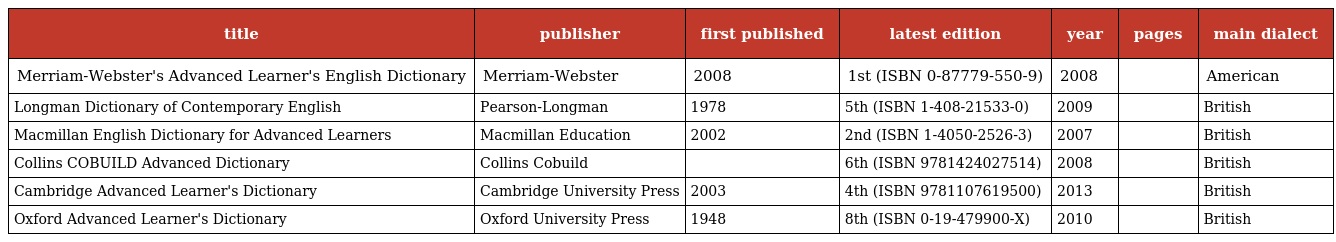
| title | publisher | first published | latest edition | year | pages | main dialect |
 | --- | --- | --- | --- | --- | --- | --- |
 | Merriam-Webster's Advanced Learner's English Dictionary | Merriam-Webster | 2008 | 1st (ISBN 0-87779-550-9) | 2008 |  | American |
 | Longman Dictionary of Contemporary English | Pearson-Longman | 1978 | 5th (ISBN 1-408-21533-0) | 2009 |  | British |
 | Macmillan English Dictionary for Advanced Learners | Macmillan Education | 2002 | 2nd (ISBN 1-4050-2526-3) | 2007 |  | British |
 | Collins COBUILD Advanced Dictionary | Collins Cobuild |  | 6th (ISBN 9781424027514) | 2008 |  | British |
 | Cambridge Advanced Learner's Dictionary | Cambridge University Press | 2003 | 4th (ISBN 9781107619500) | 2013 |  | British |
 | Oxford Advanced Learner's Dictionary | Oxford University Press | 1948 | 8th (ISBN 0-19-479900-X) | 2010 |  | British |